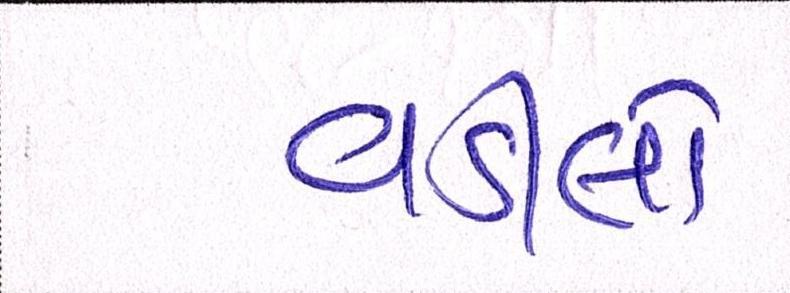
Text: વડીલો